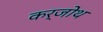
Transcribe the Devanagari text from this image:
कर्जोथ